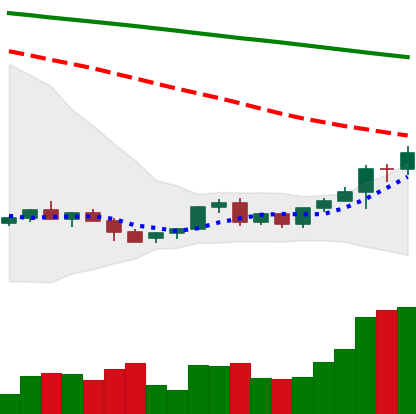
Ticker: LINK-USD
Chart end date: 2022-06-09
Forward return: -27.136%
Label: down_7plus